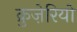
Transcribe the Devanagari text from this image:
क्रुज़ेरियो